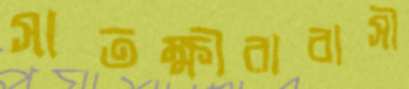
সাতক্ষীরাবাসী